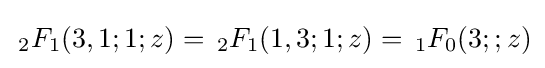
\,{}_{2}F_{1}(3,1;1;z)=\,{}_{2}F_{1}(1,3;1;z)=\,{}_{1}F_{0}(3;;z)